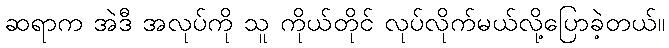
ဆရာက အဲဒီ အလုပ်ကို သူ ကိုယ်တိုင် လုပ်လိုက်မယ်လို့ပြောခဲ့တယ်။